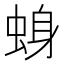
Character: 𫊾